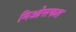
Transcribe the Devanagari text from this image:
गिओसफत